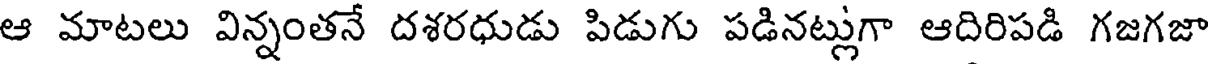
ఆ మాటలు విన్నంతనే దశరధుడు పిడుగు పడినట్లుగా ఆదిరిపడి గజగజా